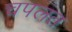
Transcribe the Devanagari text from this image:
चपलत